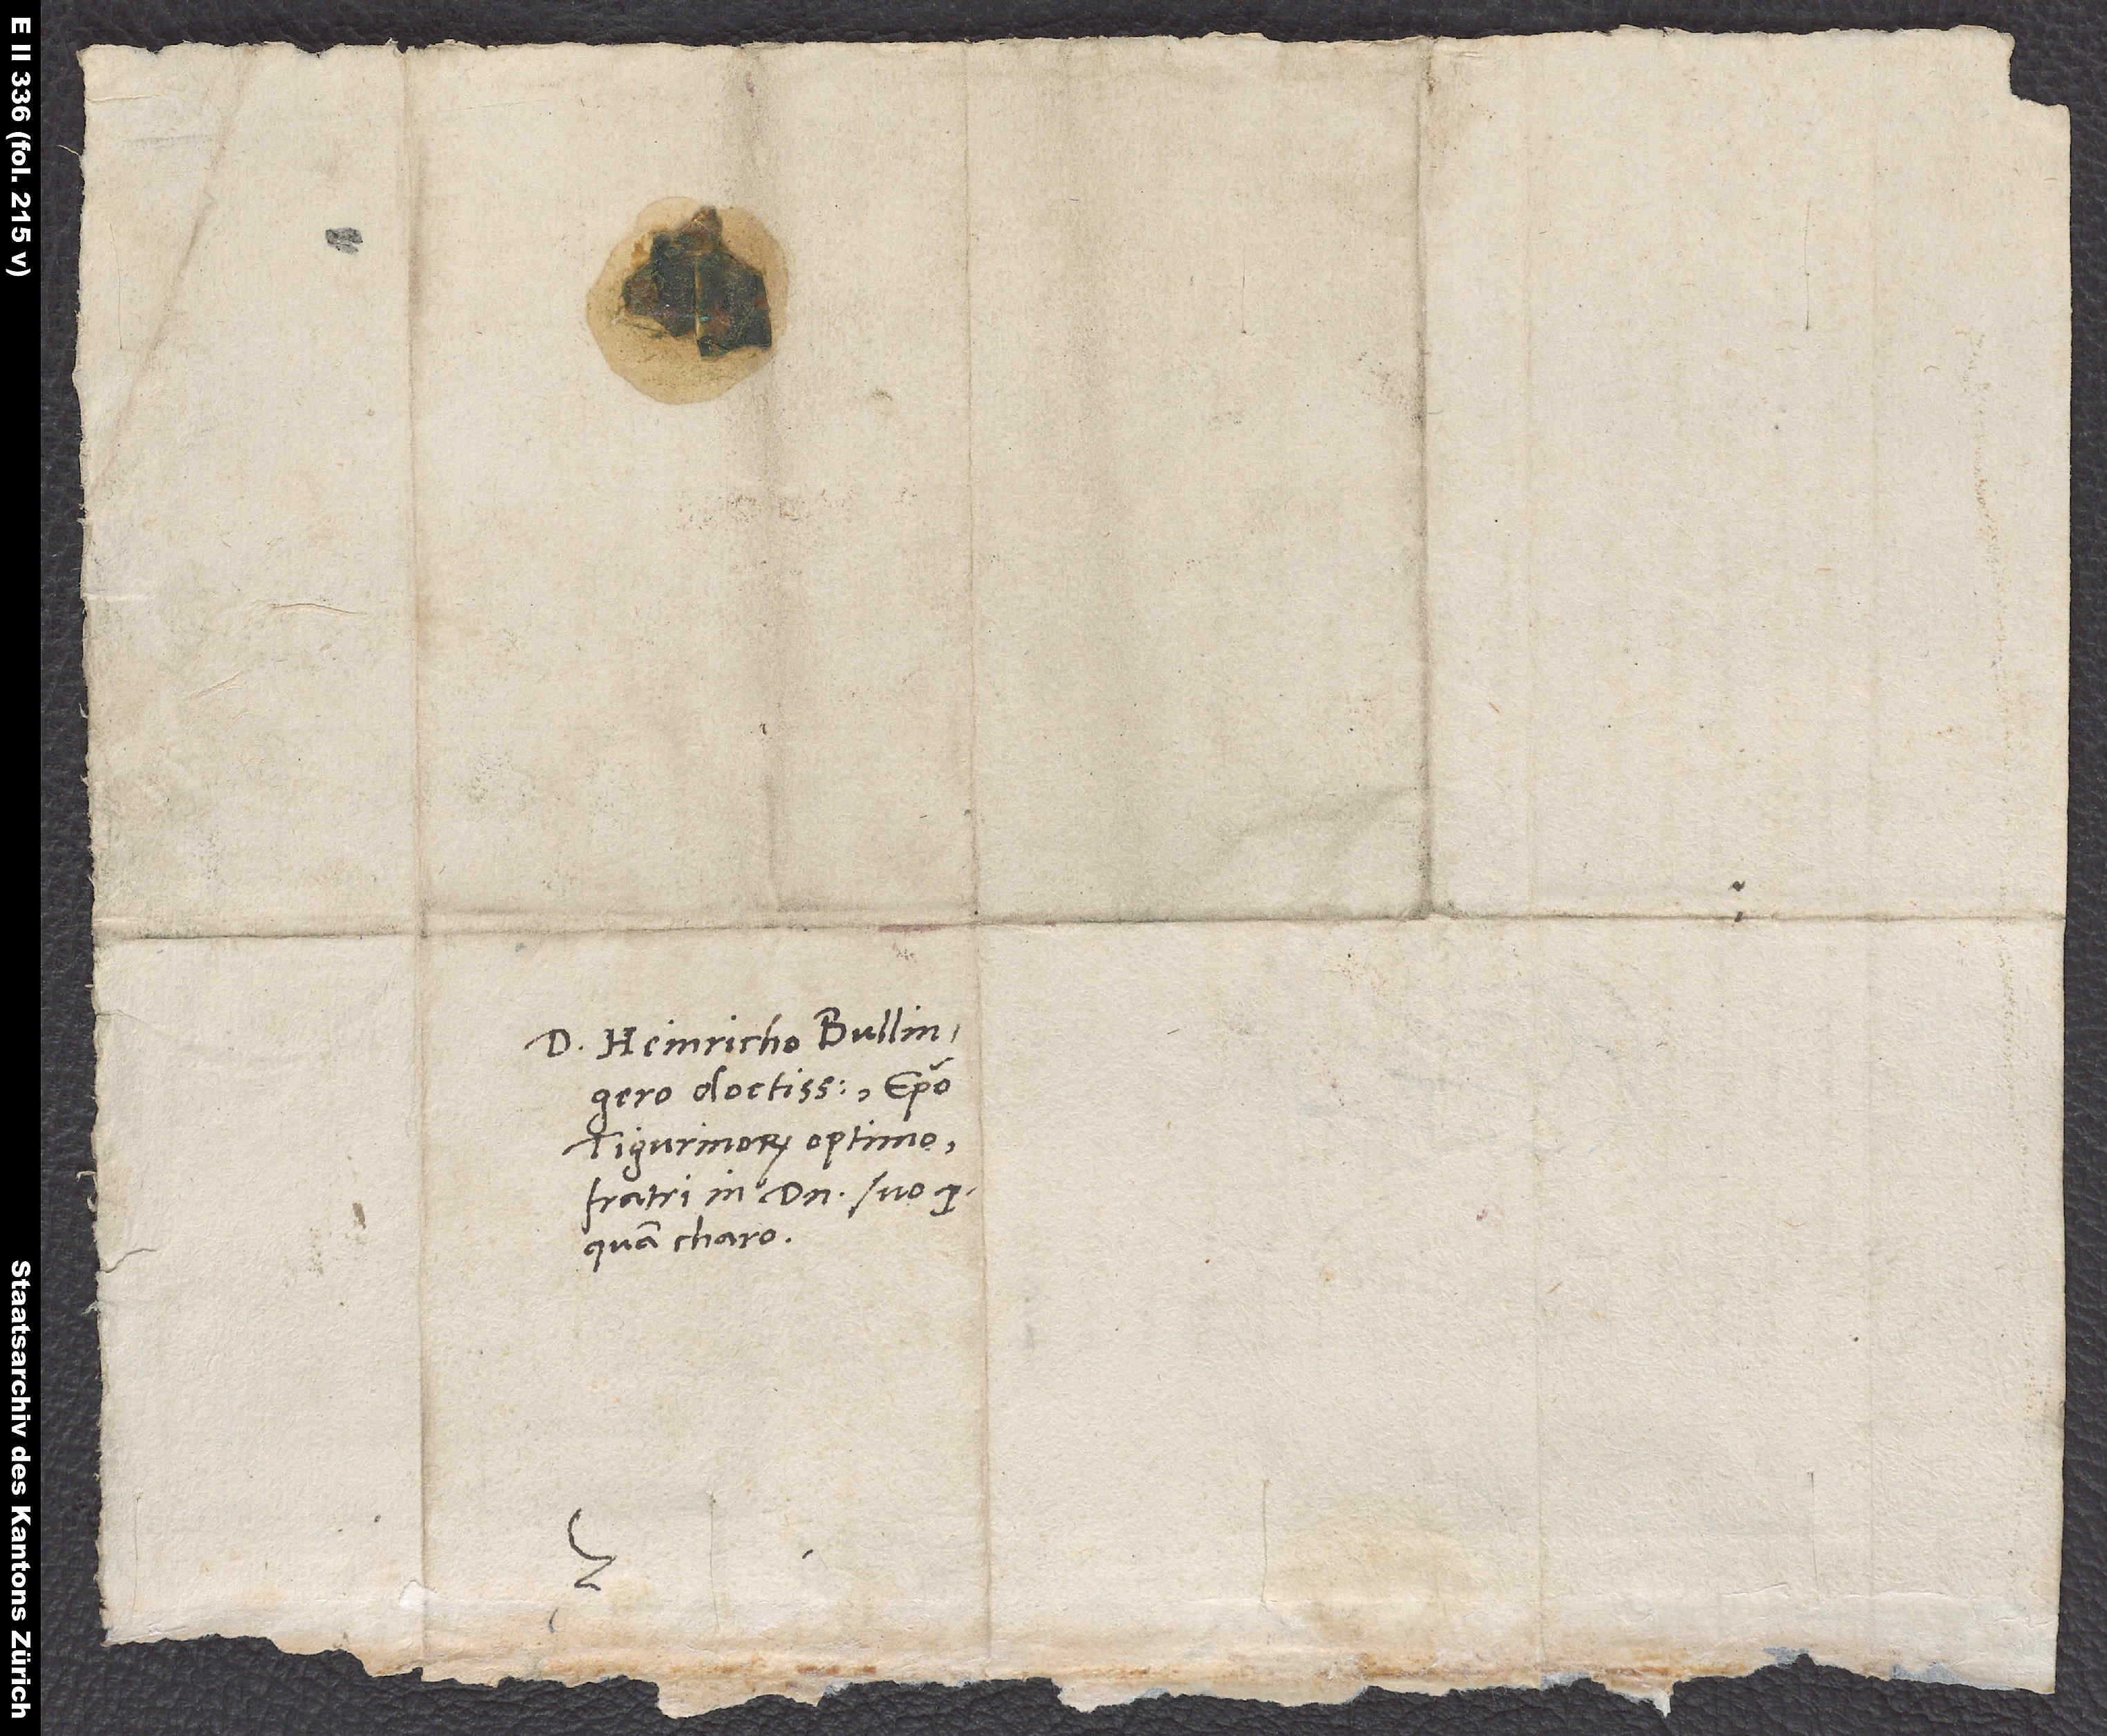
D. Heinricho Bullingero
doctissimo, episcopo
Tigurinorum optimo,
fratri in domino suo
S.